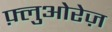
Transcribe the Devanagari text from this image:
फ़्लुओरेज़